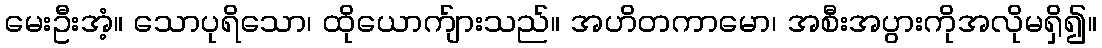
မေးဦးအံ့။ သောပုရိသော၊ ထိုယောက်ျားသည်။ အဟိတကာမော၊ အစီးအပွားကိုအလိုမရှိ၍။